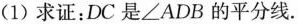
(1)求证：DC是∠ADB的平分线。